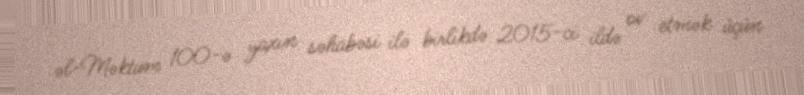
əl-Məktum 100-ə yaxın səhabəsi ilə birlikdə 2015-ci ildə ov etmək üçün